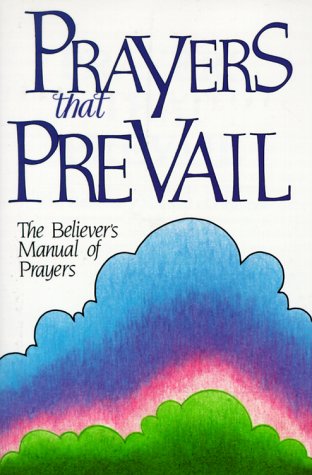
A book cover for Prayers That Prevail: The Believer's Manual of Prayers; Victory House; Christian Books & Bibles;